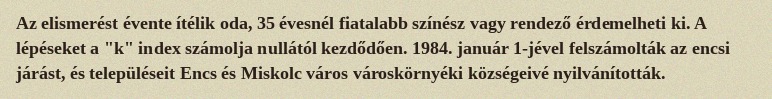
Az elismerést évente ítélik oda, 35 évesnél fiatalabb színész vagy rendező érdemelheti ki. A lépéseket a "k" index számolja nullától kezdődően. 1984. január 1-jével felszámolták az encsi járást, és településeit Encs és Miskolc város városkörnyéki községeivé nyilvánították.